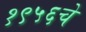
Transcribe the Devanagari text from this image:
१९५६चे